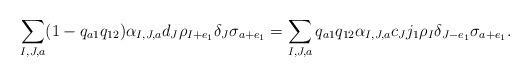
LaTeX: \begin{align*}\sum_{I,J,a}(1-q_{a1}q_{12})\alpha_{I,J,a}d_J \rho_{I+e_1} \delta_J \sigma_{a+e_1} = \sum_{I,J,a}q_{a1} q_{12}\alpha_{I,J,a} c_J j_1\rho_I \delta_{J-e_1} \sigma_{a+e_1}.\end{align*}